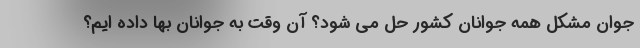
جوان مشکل همه جوانان کشور حل می شود؟ آن وقت به جوانان بها داده ایم؟